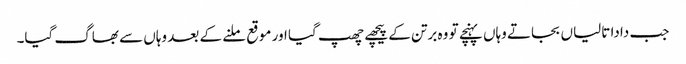
جب دادا تالیاں بجاتے وہاں پہنچے تو وہ برتن کے پیچھے چھپ گیا اور موقع ملنے کے بعد وہاں سے بھاگ گیا۔